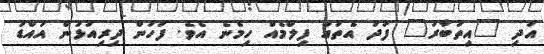
އަދި "އިތުބާރު" ފަދަ އެތައް ފިލްމެއް ހިމެނެ އެވެ. ފަހުން ދިރިއުޅުން އައްޑު